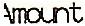
AMOUNT